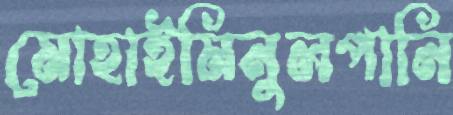
মোহাইমিনুলপানি